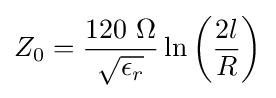
Z_{0}={\frac {120~\Omega }{\sqrt {\epsilon _{r}}}}\ln \left({\frac {2l}{R}}\right)